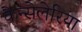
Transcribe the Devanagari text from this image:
कैन्सेलेरिया